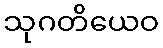
သုဂတိယေဝ